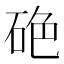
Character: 𥒍